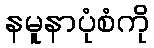
နမူနာပုံစံကို